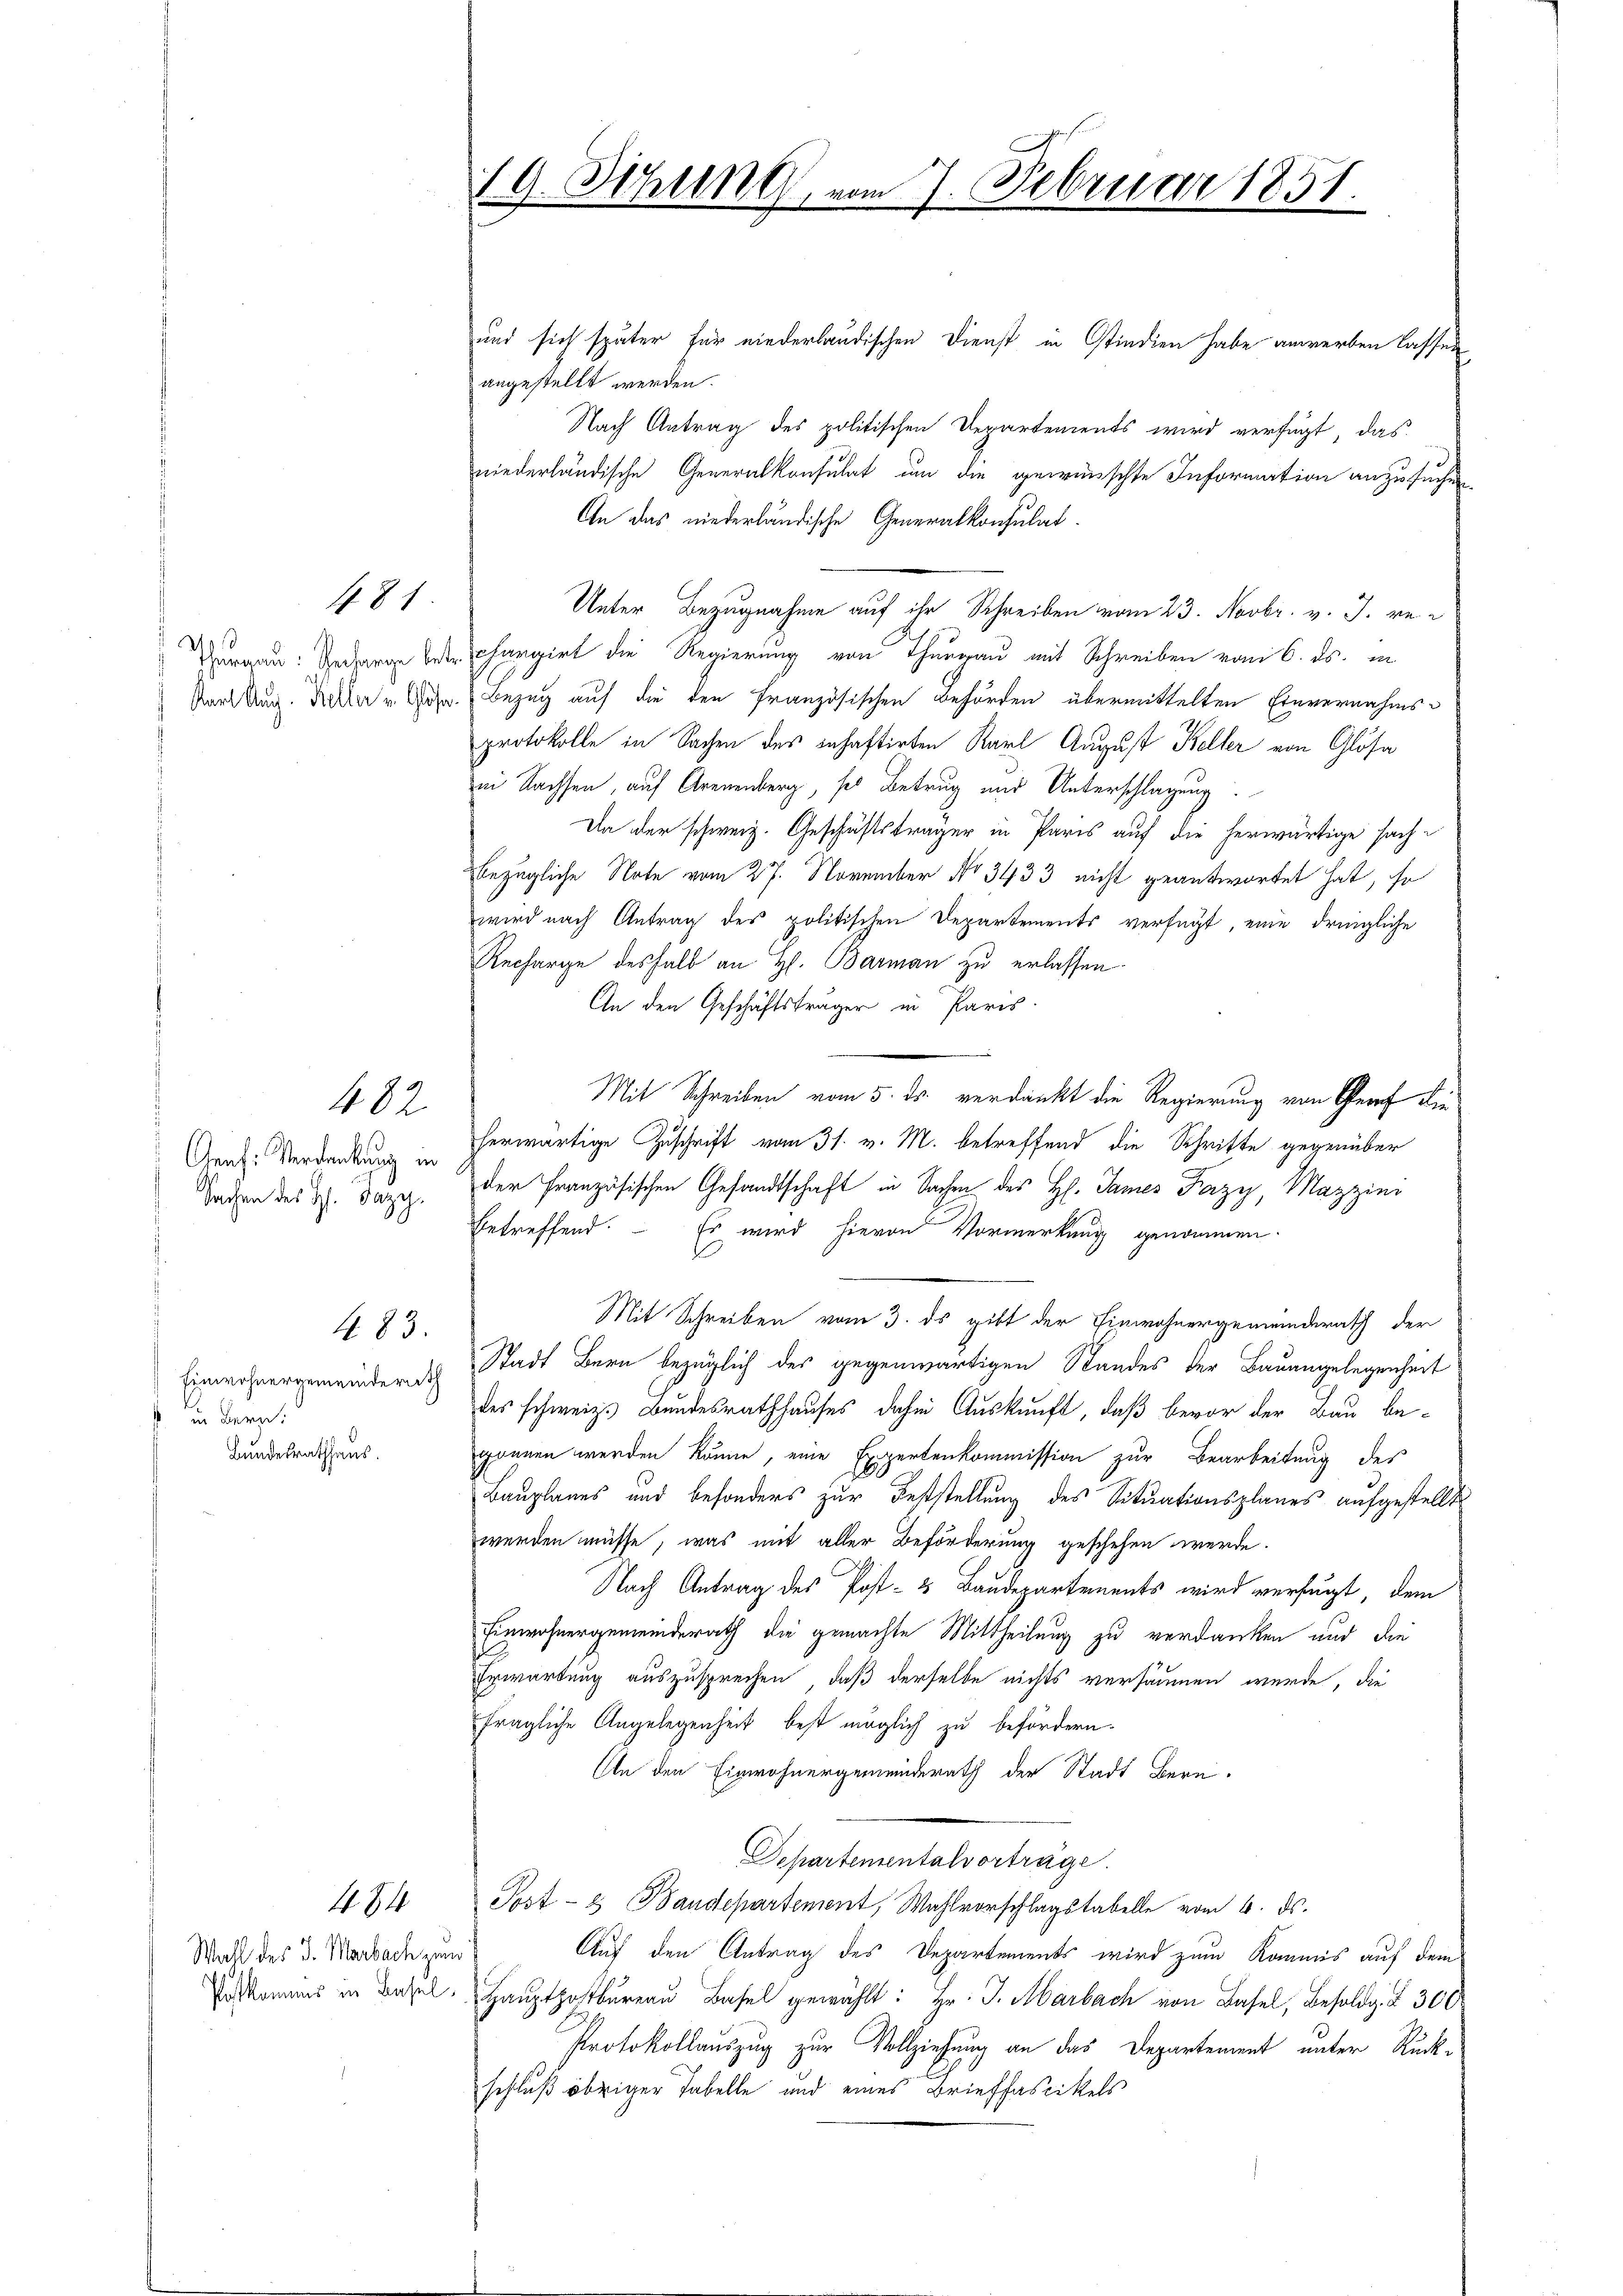
481

Sachen des Hs. Jazy.

482

Einwohnergemeinderath
s. in Bern.
Bundesrathhaus.

483.

464

Wahl des J. Marbach zum

und sich später für niederländischen Dienst in Stindien habe anwerben lassen
angestellt werden.
Nach Antrag des politischen Departements wird verfügt, das
niederländische Generalkonsulat um die gewünschte Information anzusuchen
An das niederländische Generalkonsulat.
Unter Bezugnahme auf ihr Schreiben vom 23. Novbr. v. J. ve¬
Zuraan: Rede et chargirt die Regierung von Thurgau mit Schreiben vom 6. ds. in
Karl Aug. Aller v. Joh. Bezug auf die den Französischen Behörden übermittelten Einvernahmsprotokolle in Sachen des Inhaftirten Karl August Keller von Glösa
in Sachsen, auf Arenenberg, sei Betrug und Unterschlagung
In der schweiz. Geschäftsträger in Paris auf die herwärtige sache
bezügliche Note vom 27. November No 3433 nicht geantwortet hat, so
wird nach Antrag des politischen Departements verfügt, eine dringliche
Recharge deshalb an H. Barman zu erlassen.
An den Geschäftsträger in Paris
Mit Schreiben vom 5. ds. verdankt die Regierung von Graf die
Graz: Verdankung in herwärtige Zuschrift vom 31. v. M. betreffend die Schritte gegenüber
der Französischen Gesandtschaft in Sachen des Hs. James Fazy, Mazzini
betreffend. Es wird hievon Vormerkung genommen.
Mit Schreiben vom 3. ds gibt der Einwohnergemeinderath der
Stadt Bern bezüglich des gegenwärtigen Standes der Bauangelegenheit
des schweiz. Bundesrathhauses dahin Auskunft, daß bevor der Bau begonnen werden könne, eine Expertenkommission zur Bearbeitung des
Bauplanes und besonders zur Feststellung des Situationsplanes aufgestellt
werden müsse, was mit aller Beförderung geschehen werde.
Nach Antrag des Post- & Baudepartements wird verfugt, dem
Einwohnergemeinderath die gemachte Mittheilung zu verdanken und die
Erwartung auszusprechen, daß derselbe nichts versäumen wurde, die
fragliche Angelegenheit best möglich zu befördern.
An den Einwohnergemeinderath der Stadt Bern.
Departementalvorträge.
Post- & Baudepartement, Wahlvorschlagstabelle vom 6. ds.
Auf den Antrag des Departements wird zum Kommis auf dem
Paskommnis in Basel, Hauptpostbureau Basel gewählt: Hr. J. Marbach von Basel, Besoldg. § 300
Protokollauszug zur Vollziehung an das Departement unter Rückschluß übriger Tabelle und eines Brieffaszikels

19. Sitzung vom 7. Februar 1851.